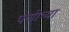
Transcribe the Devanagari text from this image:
पणीच्या